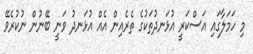
މި ހަމަލާގައި އަސްކަރީ އުޅަނދުތަކުގެ ތެރެއިން އެއް އުޅަނދު ވަނީ ބޭނުން ނުކުރެވޭ